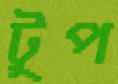
টুপ